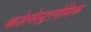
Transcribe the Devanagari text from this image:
कोलेस्ट्रलेमिक